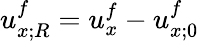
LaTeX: u_{x;R}^{f}=u_{x}^{f}-u_{x;0}^{f}